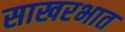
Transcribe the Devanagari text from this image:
साखरभात